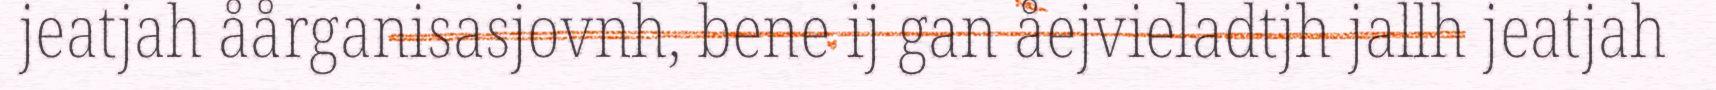
jeatjah åårganisasjovnh, bene ij gan åejvieladtjh jallh jeatjah